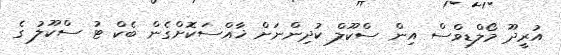
އުރީދޫ މޯލްޑިވްސް އިން ސްކޫލް ކުދިންނަށް ޚާއްސަކޮށްގެން ބެކް ޓު ސްކޫލު ގެ